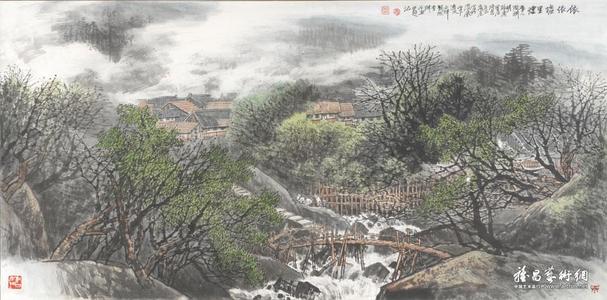
羁鸟恋旧林，池鱼思故渊。